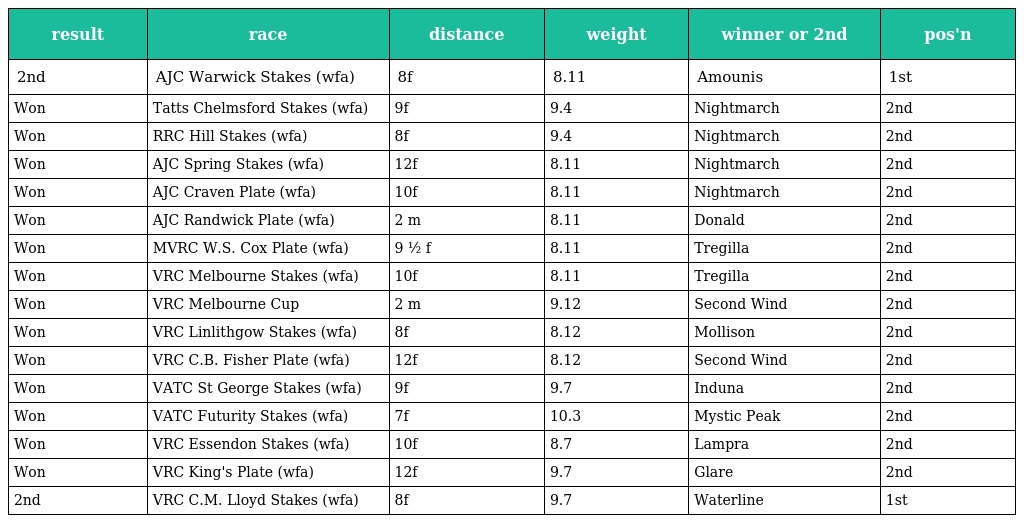
| result | race | distance | weight | winner or 2nd | pos'n |
 | --- | --- | --- | --- | --- | --- |
 | 2nd | AJC Warwick Stakes (wfa) | 8f | 8.11 | Amounis | 1st |
 | Won | Tatts Chelmsford Stakes (wfa) | 9f | 9.4 | Nightmarch | 2nd |
 | Won | RRC Hill Stakes (wfa) | 8f | 9.4 | Nightmarch | 2nd |
 | Won | AJC Spring Stakes (wfa) | 12f | 8.11 | Nightmarch | 2nd |
 | Won | AJC Craven Plate (wfa) | 10f | 8.11 | Nightmarch | 2nd |
 | Won | AJC Randwick Plate (wfa) | 2 m | 8.11 | Donald | 2nd |
 | Won | MVRC W.S. Cox Plate (wfa) | 9 ½ f | 8.11 | Tregilla | 2nd |
 | Won | VRC Melbourne Stakes (wfa) | 10f | 8.11 | Tregilla | 2nd |
 | Won | VRC Melbourne Cup | 2 m | 9.12 | Second Wind | 2nd |
 | Won | VRC Linlithgow Stakes (wfa) | 8f | 8.12 | Mollison | 2nd |
 | Won | VRC C.B. Fisher Plate (wfa) | 12f | 8.12 | Second Wind | 2nd |
 | Won | VATC St George Stakes (wfa) | 9f | 9.7 | Induna | 2nd |
 | Won | VATC Futurity Stakes (wfa) | 7f | 10.3 | Mystic Peak | 2nd |
 | Won | VRC Essendon Stakes (wfa) | 10f | 8.7 | Lampra | 2nd |
 | Won | VRC King's Plate (wfa) | 12f | 9.7 | Glare | 2nd |
 | 2nd | VRC C.M. Lloyd Stakes (wfa) | 8f | 9.7 | Waterline | 1st |